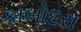
કાબોદરા